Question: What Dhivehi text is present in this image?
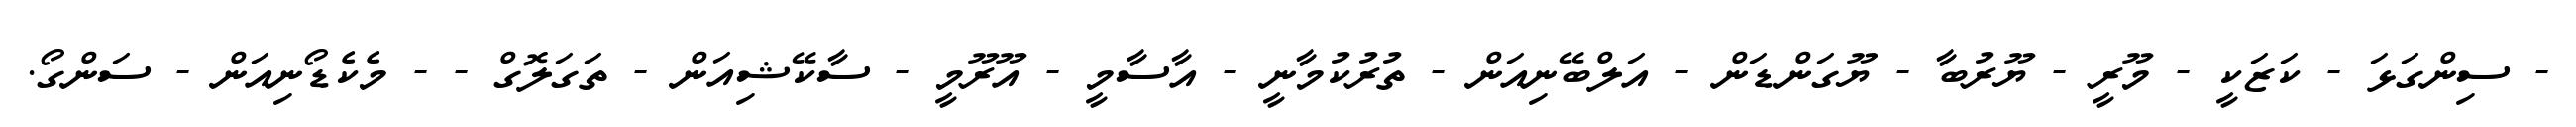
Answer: - ސިންގަޅަ - ކަޒަކީ - މޫރީ - ޔޫރުބާ - ޔޫގަންޑަން - އަލްބޭނިއަން - ތުރުކުމާނީ - އާސާމީ - އޫރޫމީ - ސާކޭޝިއަން - ތަގަލޮގް - - މެކެޑޯނިއަން - ސަންގޯ.